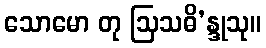
သောမော တု ဩသဓိ’န္ဒုသု။